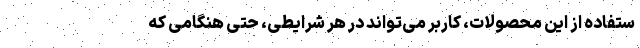
ستفاده از این محصولات، کاربر می‌تواند در هر شرایطی، حتی هنگامی که